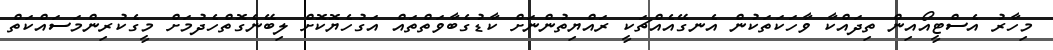
މިހާރު އެސްޓީއޯއިން ތިދައްކާ ވާހަކަތަކުން އެނގޭއެއްޗަކީ ރައްޔިތުންނަށް ކާޑުގެބާވަތްތައް އަގުހެޔޮކޮށް ލިބޭނެގޮތްހެދުމަށް މީގެކުރިންމަސައްކަތް